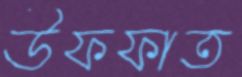
উফফাত